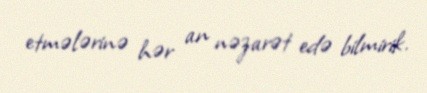
etmələrinə hər an nəzarət edə bilmirik.